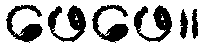
ဖေဖေ။